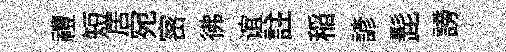
禮短居宛宻彿谊註稲諺髭謗